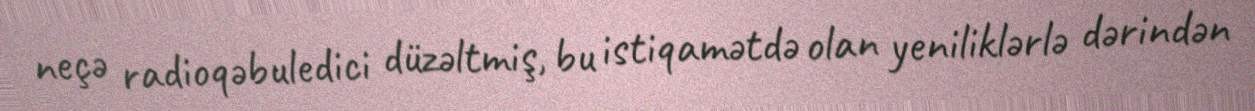
neçə radioqəbuledici düzəltmiş, bu istiqamətdə olan yeniliklərlə dərindən